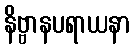
နိဗ္ဗာနပရာယနာ